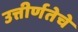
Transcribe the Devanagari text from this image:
उत्तीर्णतेचे